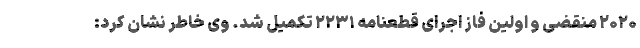
۲۰۲۰ منقضی و اولین فاز اجرای قطعنامه ۲۲۳۱ تکمیل شد. وی خاطر نشان کرد: